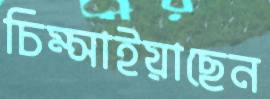
চিম্‌সাইয়াছেন